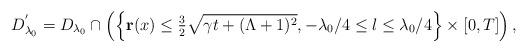
LaTeX: \begin{align*} {D}^{'}_{\lambda_0}=D_{\lambda_0}\cap \left( \left\{ \mathbf{r}(x)\leq \tfrac{3}{2}\sqrt{\gamma t +(\Lambda+1)^2}, -\lambda_0/4 \leq l \leq \lambda_0/4 \right\}\times [0,T] \right),\end{align*}